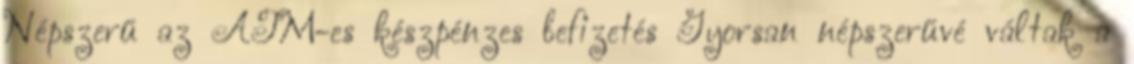
Népszerű az ATM-es készpénzes befizetés Gyorsan népszerűvé váltak a